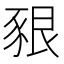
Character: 豤